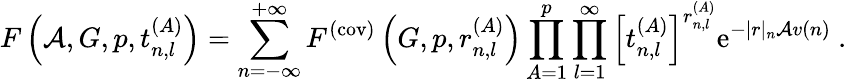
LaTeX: F\left({\cal A},G,p,t_{n,l}^{(A)}\right)=\sum_{n=-\infty}^{+\infty}F^{(\mathrm{cov)}}\left(G,p,r_{n,l}^{(A)}\right)\prod_{A=1}^{p}\prod_{l=1}^{\infty}\left[t_{n,l}^{(A)}\right]^{r_{n,l}^{(A)}}\mathrm{e}^{-|r|_{n}{\cal A}v(n)}~.